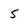
Character: 5